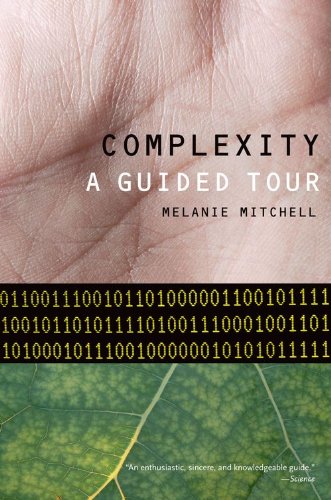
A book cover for Complexity: A Guided Tour; Melanie Mitchell; Science & Math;